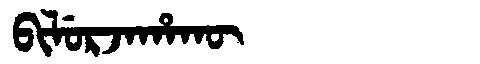
Manchu: ᠪᡳᠯᡠᡵᠵᠠᡥᠠᡴᡡ
Romanization: BILURJAHAKŪ